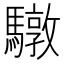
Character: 驐